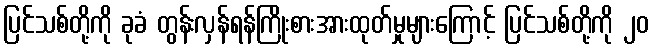
ပြင်သစ်တို့ကို ခုခံ တွန်းလှန်ရန်ကြိုးစားအားထုတ်မှုများကြောင့် ပြင်သစ်တို့ကို ၂၀